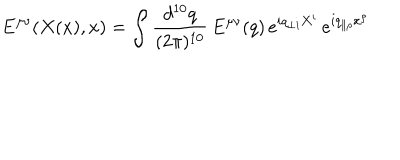
E ^ { \mu \nu } ( X ( x ) , x ) = \int \frac { d ^ { 1 0 } q } { ( 2 \pi ) ^ { 1 0 } } \, E ^ { \mu \nu } ( q ) \, e ^ { i q _ { \perp i } X ^ { i } } \, e ^ { i q _ { \parallel \rho } x ^ { \rho } }